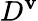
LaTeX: D^{\mathbf{v}}